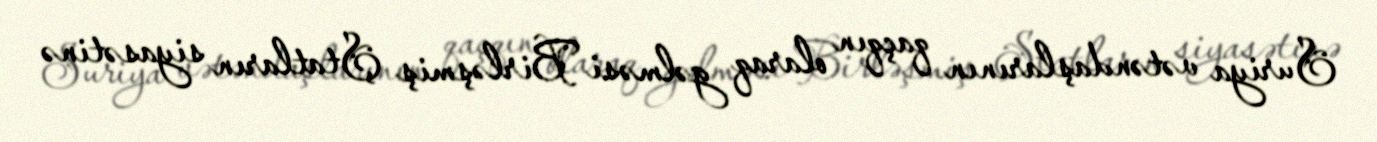
Suriya vətəndaşlarının qaçqın olaraq gəlməsi Birləşmiş Ştatların siyasətinə